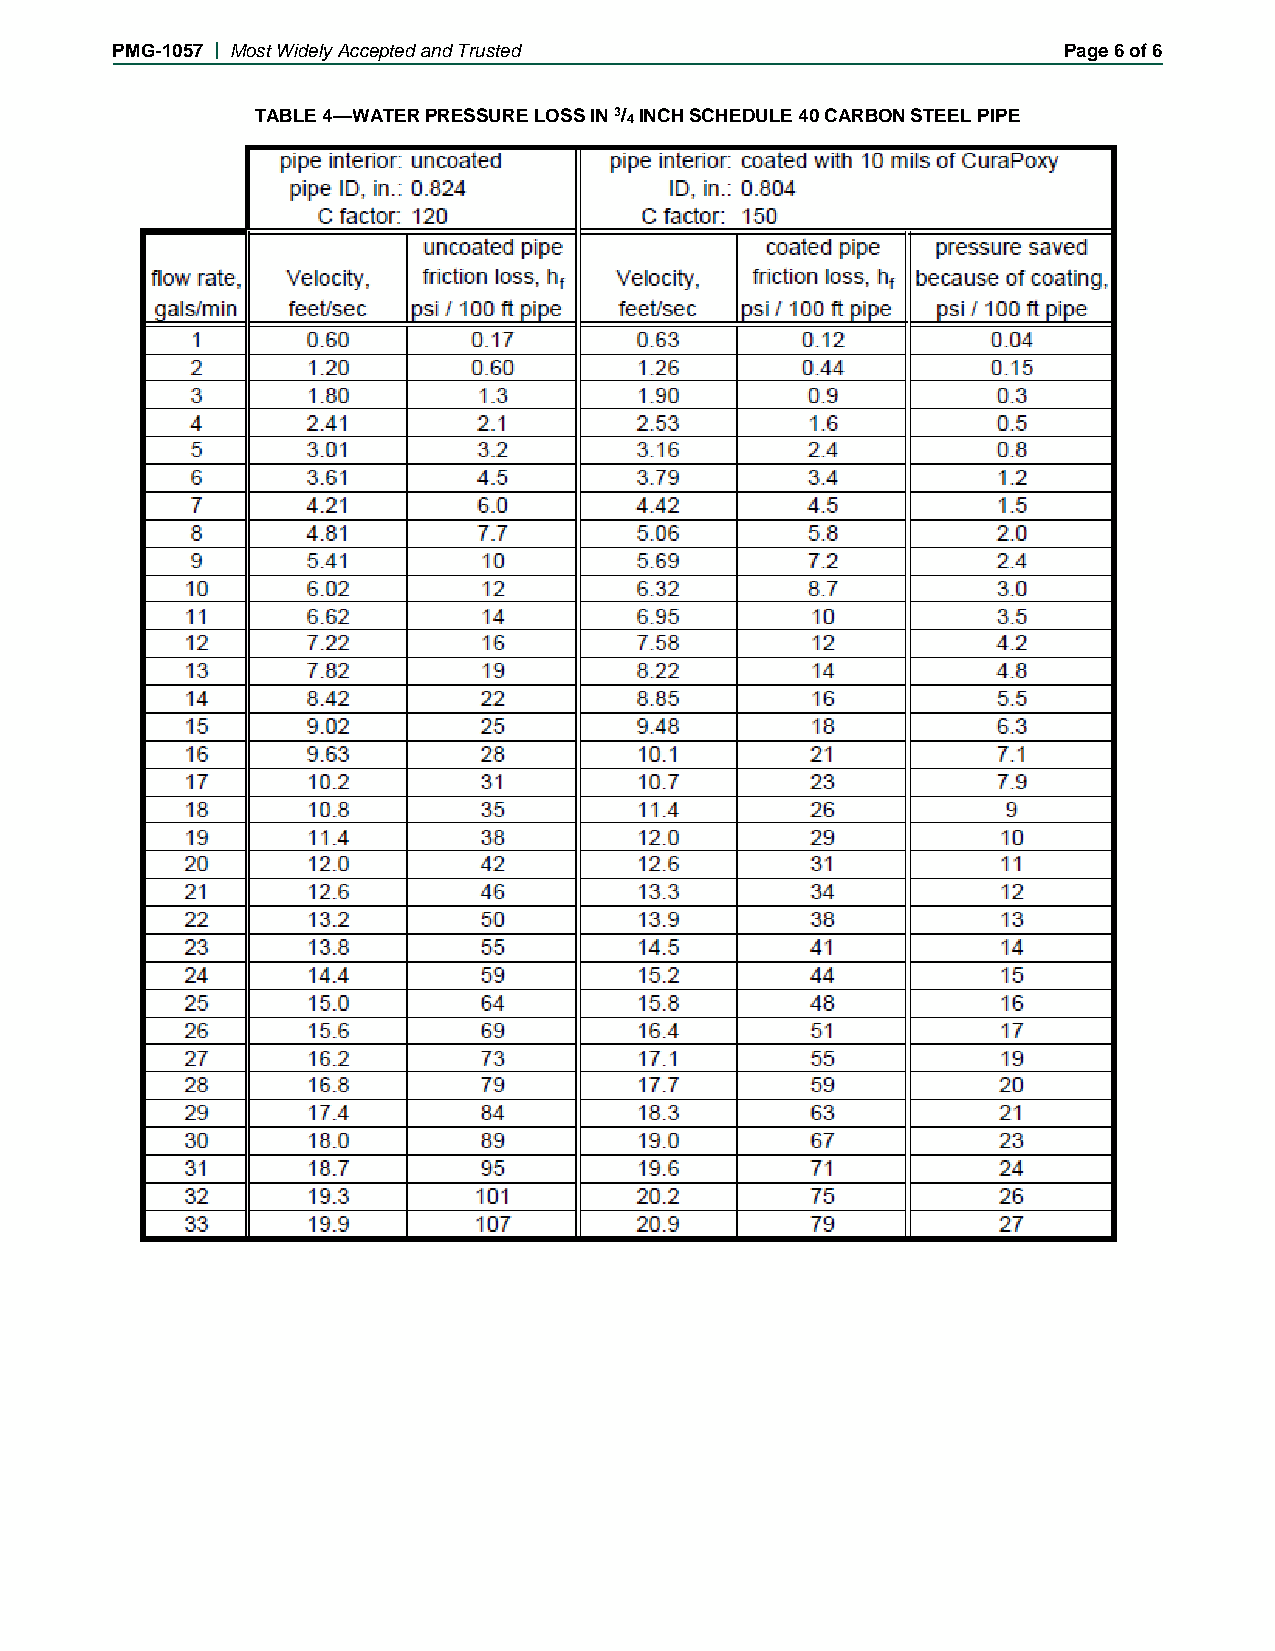
PMG-1057 | Most Widely Accepted and Trusted                    Page 6 of 6
 TABLE 4—WATER PRESSURE LOSS IN 3/4 INCH SCHEDULE 40 CARBON STEEL PIPE